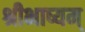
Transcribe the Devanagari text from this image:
श्रीभाष्यम्